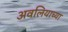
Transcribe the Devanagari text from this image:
अवलियाच्या